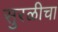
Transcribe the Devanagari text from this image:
सुरळीचा